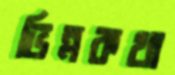
ভিন্নকথা